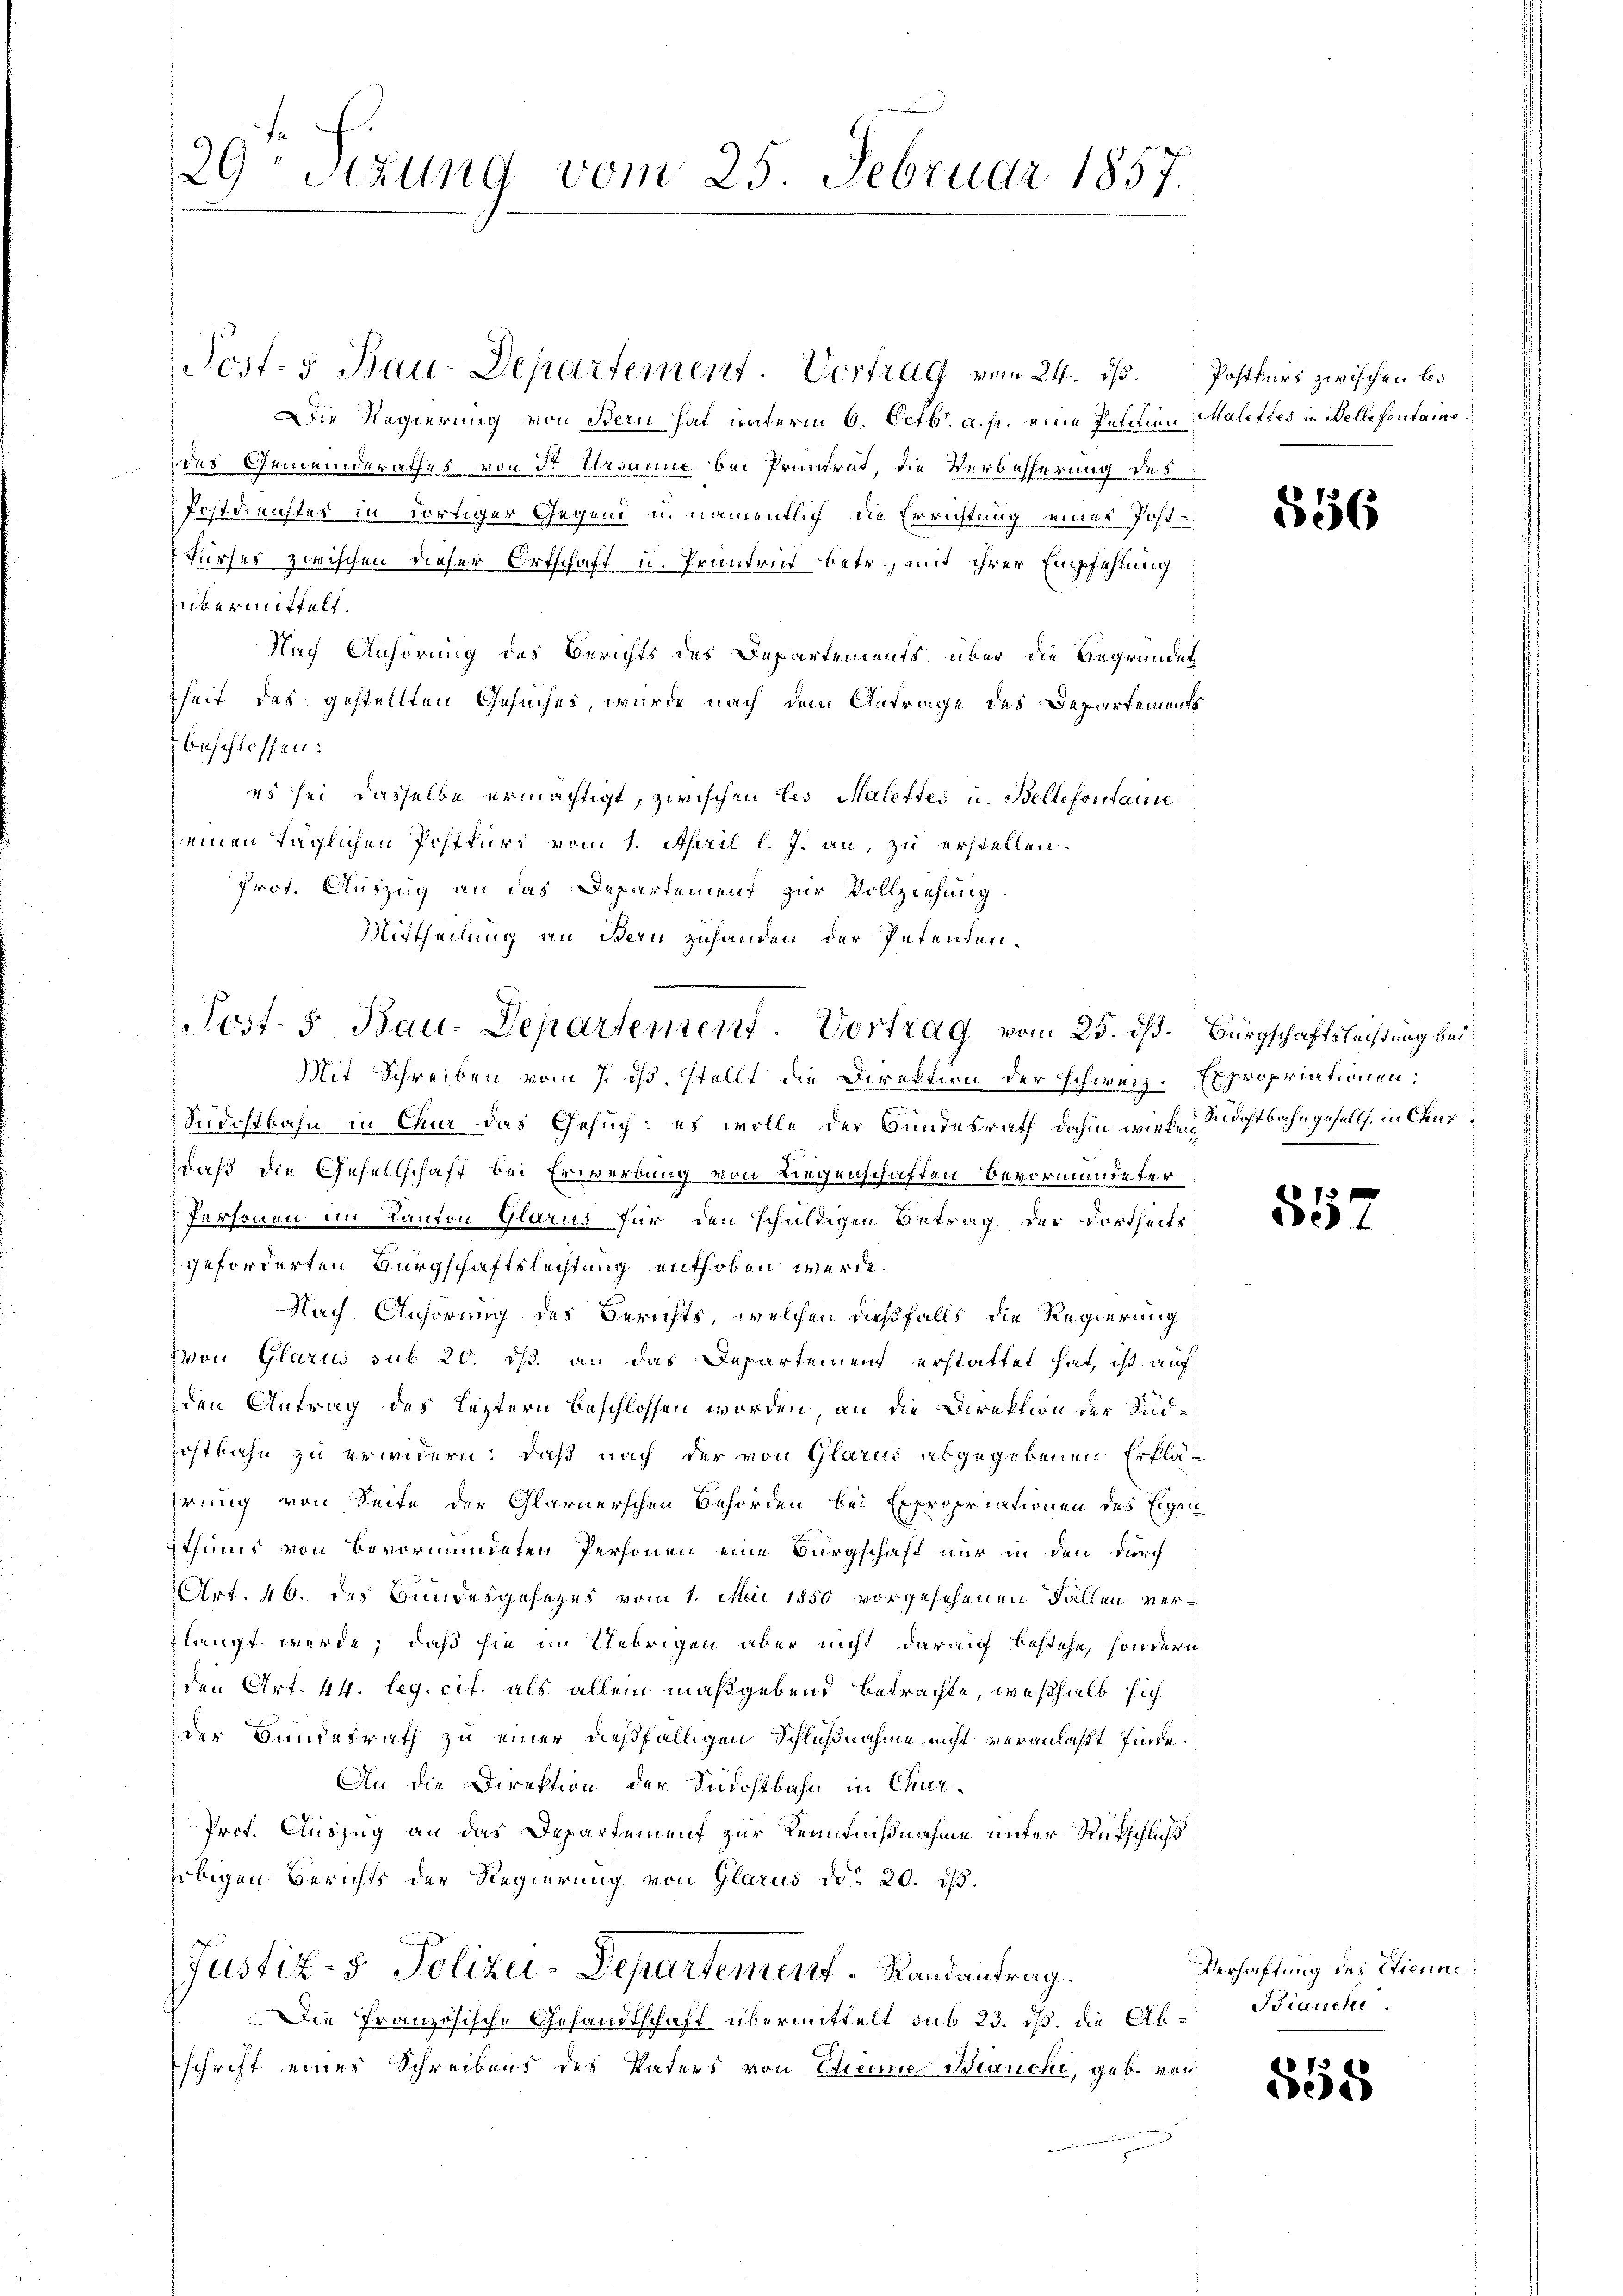
29 Stzung vom 25. Februar 1857.

Post- u Bau-Departement. Vertrag vom 24. ds. Postkurs zwischen bes
Die Regierung von Bern hat unterm 6. Octbr. a. p. eine Petition Malettes in Belle fontaine
des Gemeinderathes von der Ursanne bei Pruntrat, die Verbesserung des
Postdiechtes in dortiger Gegend u. namentlich die Errichtung eines Post-
Furses zwischen dieser Ortschaft u. Pruntrut betr., mit ihrer Empfehlung
übermittelt.
Nach Anhörung des Berichts des Departements über die Begründet
theit des gestellten Gesuches, wurde nach dem Antrage des Departements
beschlossen:
es sei dasselbe ermächtigt, zwischen les Malettes u. Bellefontaine
einen täglichen Postkurs vom 1. April l. J. an, zu erstellen.
Prof. Auszug an das Departement zur Vollziehung
Mittheilung an Bern zuhanden der Petenten.

Post. 5. Bau-Departement. Vortrag vom 25. dß. Bürgschaftslechtung bei
Mit Schreiben vom 7. ds. stellt die Direktion der schweiz. Expropriationen;

Sudostbahn in Chur das Gesuch: es wolle der Bundesrath dahin wirke dostbahngefalls in Churdaß die Gesellschaft bei Erwerbung von Liegenschaften Bevormundeter
Personen im Kanton Glarus für den schuldigen Betrag der Dortheits
geforderten Bürgschaftslechtung enthoben werde.
Nach Anhörung des Berichts, welchen dießfalls die Regierung
von Glarus sub 20. ds. an das Departement erstattet hat, ist auf
den Antrag des Leztern beschlossen worden, an die Direktion der Süd¬
Rostbahn zu erwidern; daß nach der von Glarus abgegebenen Erklährung von Seite der Glarnerschen Behörden bei Expropriationen des Eigen
sthinis von Bevormundeten Personen eine Bürgschaft nur in den durch
Art. 46. des Bundesgesezes vom 1. Mai 1850 vorgesehenen Fällen verzlangt werde; daß sie im Uebrigen aber nicht darauf bestehe, sondern
den Art. 44. leg. cit. als allein maßgebend betrachte, weßhalb sich
der Handesrath zu einer dießfälligen Schlußnahme nicht veranlaßt finde.
An die Direktion der Sacchtbahn in Chur¬
Prof. Auszug an das Departement zur Kenntnißnahme unter Rückschlich
obigen Berichts der Regierung von Glarus d. 20. dβ.
Justiz- & Polizei-Departement Randantrag.
Die Französische Gesandtschaft übermittelt sub 23. dß. die Abschrift eines Schreibens des Vaters von Eheune Bianchi, geb. von

556

8.

Verhaftung des Etienne
Bianche

7
e